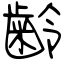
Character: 齢